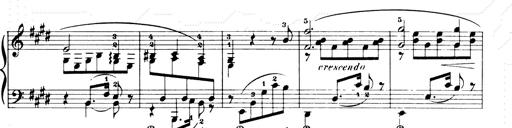
Title: Consolations and LiebestrÃ¤ume for the Piano
Composer: Franz Liszt